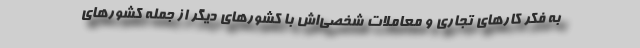
به فکر کارهای تجاری و معاملات شخصی‌اش با کشورهای دیگر از جمله کشورهای